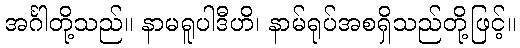
အင်္ဂါတို့သည်။ နာမရူပါဒီဟိ၊ နာမ်ရုပ်အစရှိသည်တို့ဖြင့်။